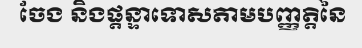
ចែង និងផ្តន្ទាទោសតាមបញ្ញត្តិនៃ